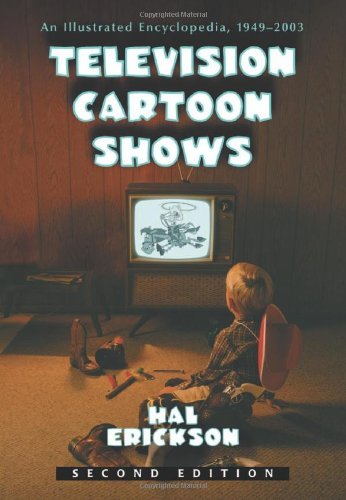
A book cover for Television Cartoon Shows: An Illustrated Encyclopedia, 1949 Through 2003(2 Volume Set); Hal Erickson; Humor & Entertainment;